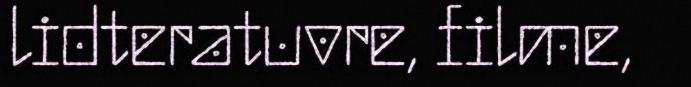
lidteratuvre, filme,